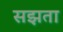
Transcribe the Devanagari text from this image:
सझता